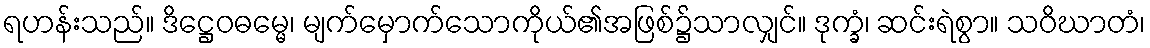
ရဟန်းသည်။ ဒိဋ္ဌေဝဓမ္မေ၊ မျက်မှောက်သောကိုယ်၏အဖြစ်၌သာလျှင်။ ဒုက္ခံ၊ ဆင်းရဲစွာ။ သဝိဃာတံ၊